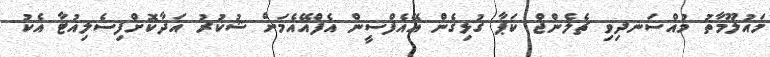
މައުލޫމާތު މުއްސަނދިވި ޗެލެންޖް ކަޕާ ގުޅިގެން އޭއެފްސީން އެފްއޭއެމަށް ޝުކުރު އަދާކޮށްފިސެލިއުޓާ އެކު